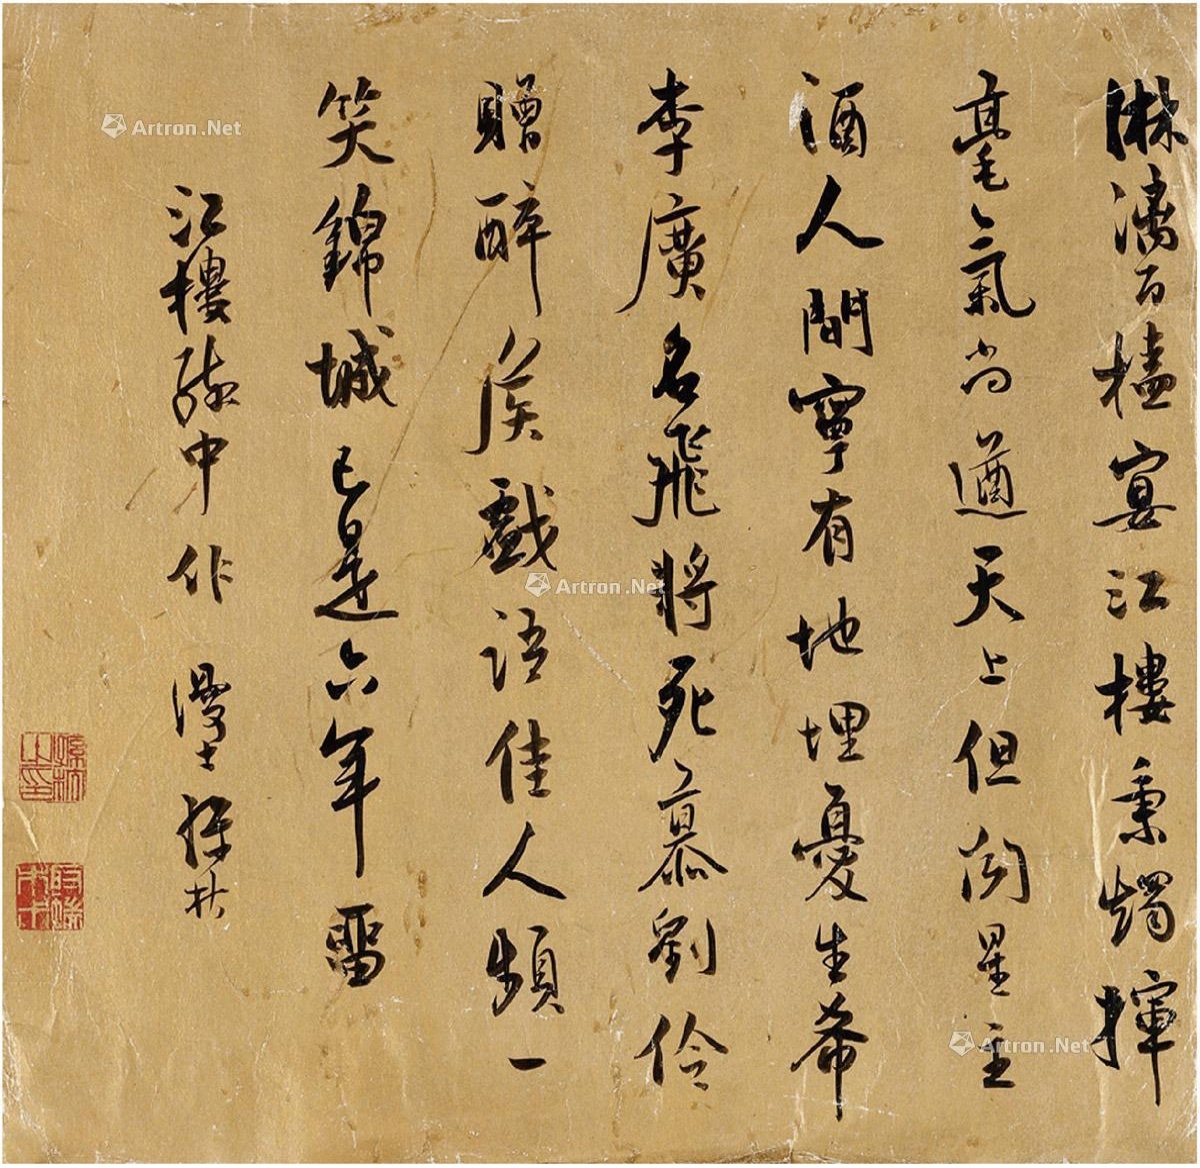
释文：淋漓百榼宴江楼，秉烛挥毫气尚遒。天上但闻星主酒，人间宁有地埋忧。生希李广名飞将，死慕刘伶赠醉侯。戏语佳人频一笑，锦城已是六年留。江楼醉中作。漫士孙杕。